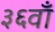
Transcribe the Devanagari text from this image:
३६वाँ